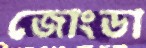
জোংডা